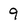
Character: 9